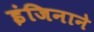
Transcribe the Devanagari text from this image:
इंजिनाने